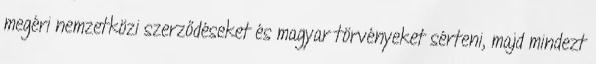
megéri nemzetközi szerződéseket és magyar törvényeket sérteni, majd mindezt